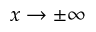
x \rightarrow \pm \infty